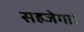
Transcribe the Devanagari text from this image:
सहजेगा।